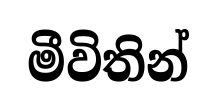
මීවිතින්